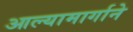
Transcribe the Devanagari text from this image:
आल्यामार्गाने